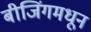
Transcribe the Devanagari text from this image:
बीजिंगमधून